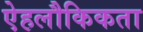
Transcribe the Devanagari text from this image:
ऐहलौकिकता